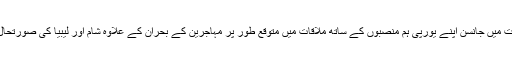
برسلز میں ہونے والی اس ملاقات میں جانسن اپنے یورپی ہم منصبوں کے ساتھ ملاقات میں متوقع طور پر مہاجرین کے بحران کے علاوہ شام اور لیبیا کی صورتحال پر بھی تبادلہ خیال کریں گے۔